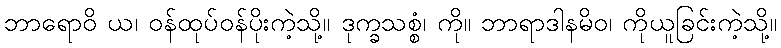
ဘာရောဝိ ယ၊ ဝန်ထုပ်ဝန်ပိုးကဲ့သို့။ ဒုက္ခသစ္စံ၊ ကို။ ဘာရာဒါနမိဝ၊ ကိုယူခြင်းကဲ့သို့။